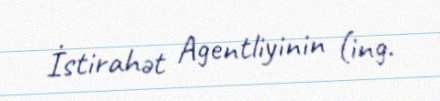
İstirahət Agentliyinin (ing.